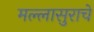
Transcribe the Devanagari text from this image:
मल्लासुराचे